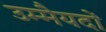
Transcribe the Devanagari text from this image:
उम्मैयदों